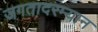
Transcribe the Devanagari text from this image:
जगतादरम्यान